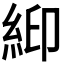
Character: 𬗉